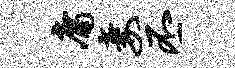
庸妻丕